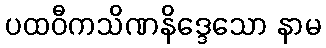
ပထဝီကသိဏနိဒ္ဒေသော နာမ